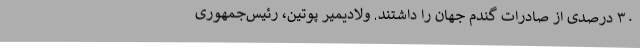
۳۰ درصدی از صادرات گندم جهان را داشتند. ولادیمیر پوتین، رئیس‌جمهوری